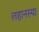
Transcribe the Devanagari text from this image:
लहानस्या